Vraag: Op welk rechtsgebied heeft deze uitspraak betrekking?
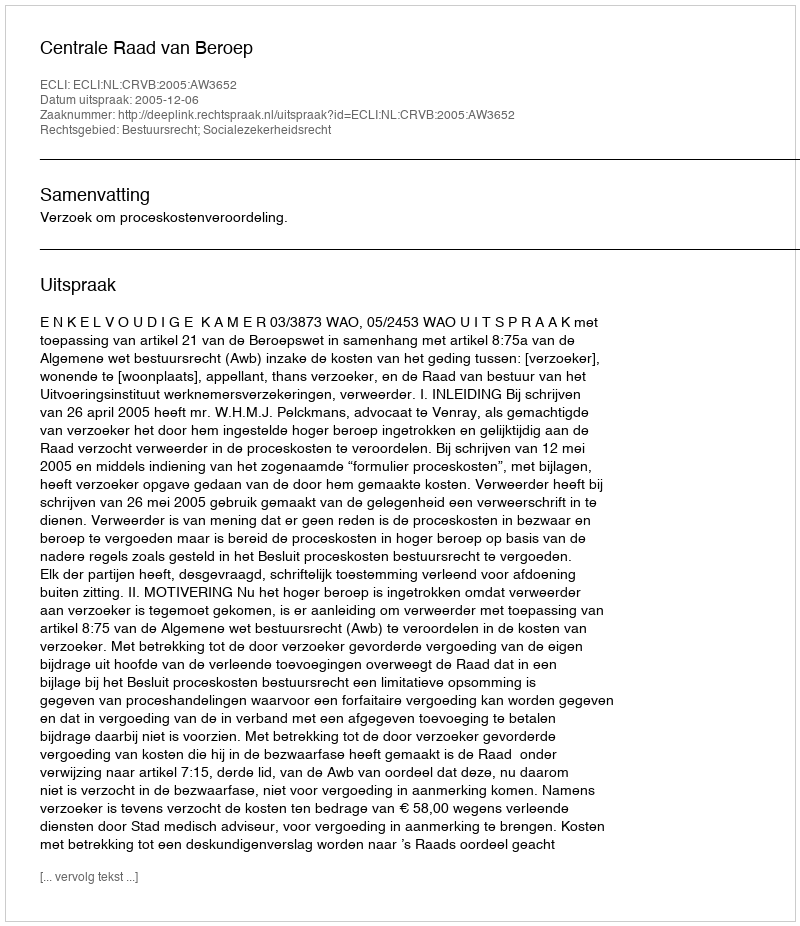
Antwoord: Bestuursrecht; Socialezekerheidsrecht